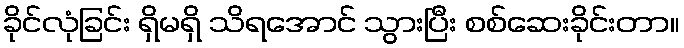
ခိုင်လုံခြင်း ရှိမရှိ သိရအောင် သွားပြီး စစ်ဆေးခိုင်းတာ။